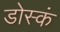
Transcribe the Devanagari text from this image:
डोस्कं